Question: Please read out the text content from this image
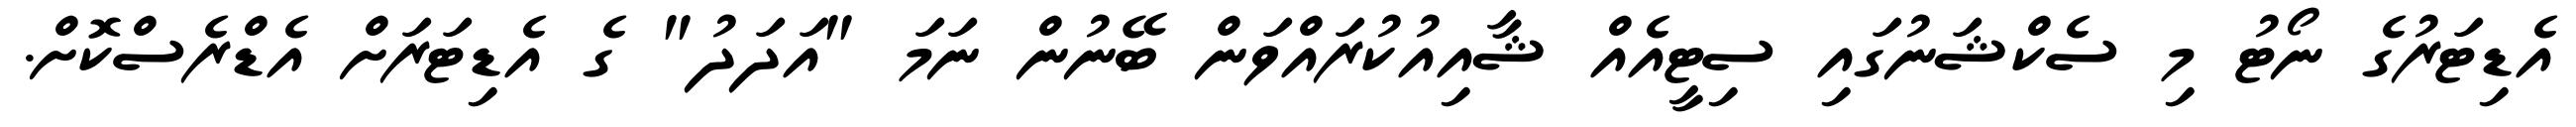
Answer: އެޑިޓަރުގެ ނޯޓު މި ސެކްޝަނުގައި ސިޓީއެއް ޝާއިއުކުރައްވަން ބޭނުން ނަމަ "އަދަދު" ގެ އެޑިޓަރަށް އެޑްރެސްކޮށް.